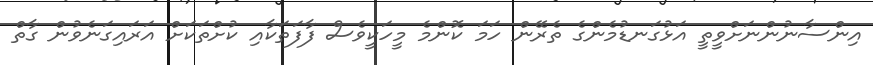
އިންސާނުންނަށްވީތީ އަޅުގަނޑުމެންގެ ތެރޭން ހަމަ ކޮންމެ މީހަކީވެސް ފާފަތަކާއި ކުށްތަކަށް އަރައިގަނެވުން ގާތް